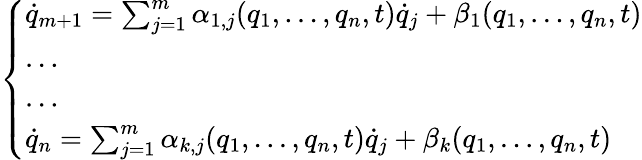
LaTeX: \left\{ \begin{array}{ll}{{\dot{q}}_{m+1}=\sum_{j=1}^{m}\alpha_{1,j}(q_{1},\dots,q_{n},t){\dot{q}}_{j}+\beta_{1}(q_{1},\dots,q_{n},t)}\\ {\dots}\\ {\dots}\\ {{\dot{q}}_{n}=\sum_{j=1}^{m}\alpha_{k,j}(q_{1},\dots,q_{n},t){\dot{q}}_{j}+\beta_{k}(q_{1},\dots,q_{n},t)}\end{array}\right.